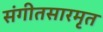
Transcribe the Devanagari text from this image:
संगीतसारमृत